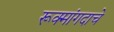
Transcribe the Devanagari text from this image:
रूक्मांगदाचे